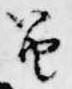
笛